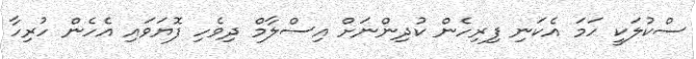
ސްކުލަކީ ހަމަ އެކަނި ފިރިހެން ކުދިންނަށް އިސްލާމް ދިވެހި ފޮޔަވައި އެހެން ހުރިހާ